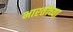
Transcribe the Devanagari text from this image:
भारतीच्या